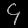
Digit: ၄